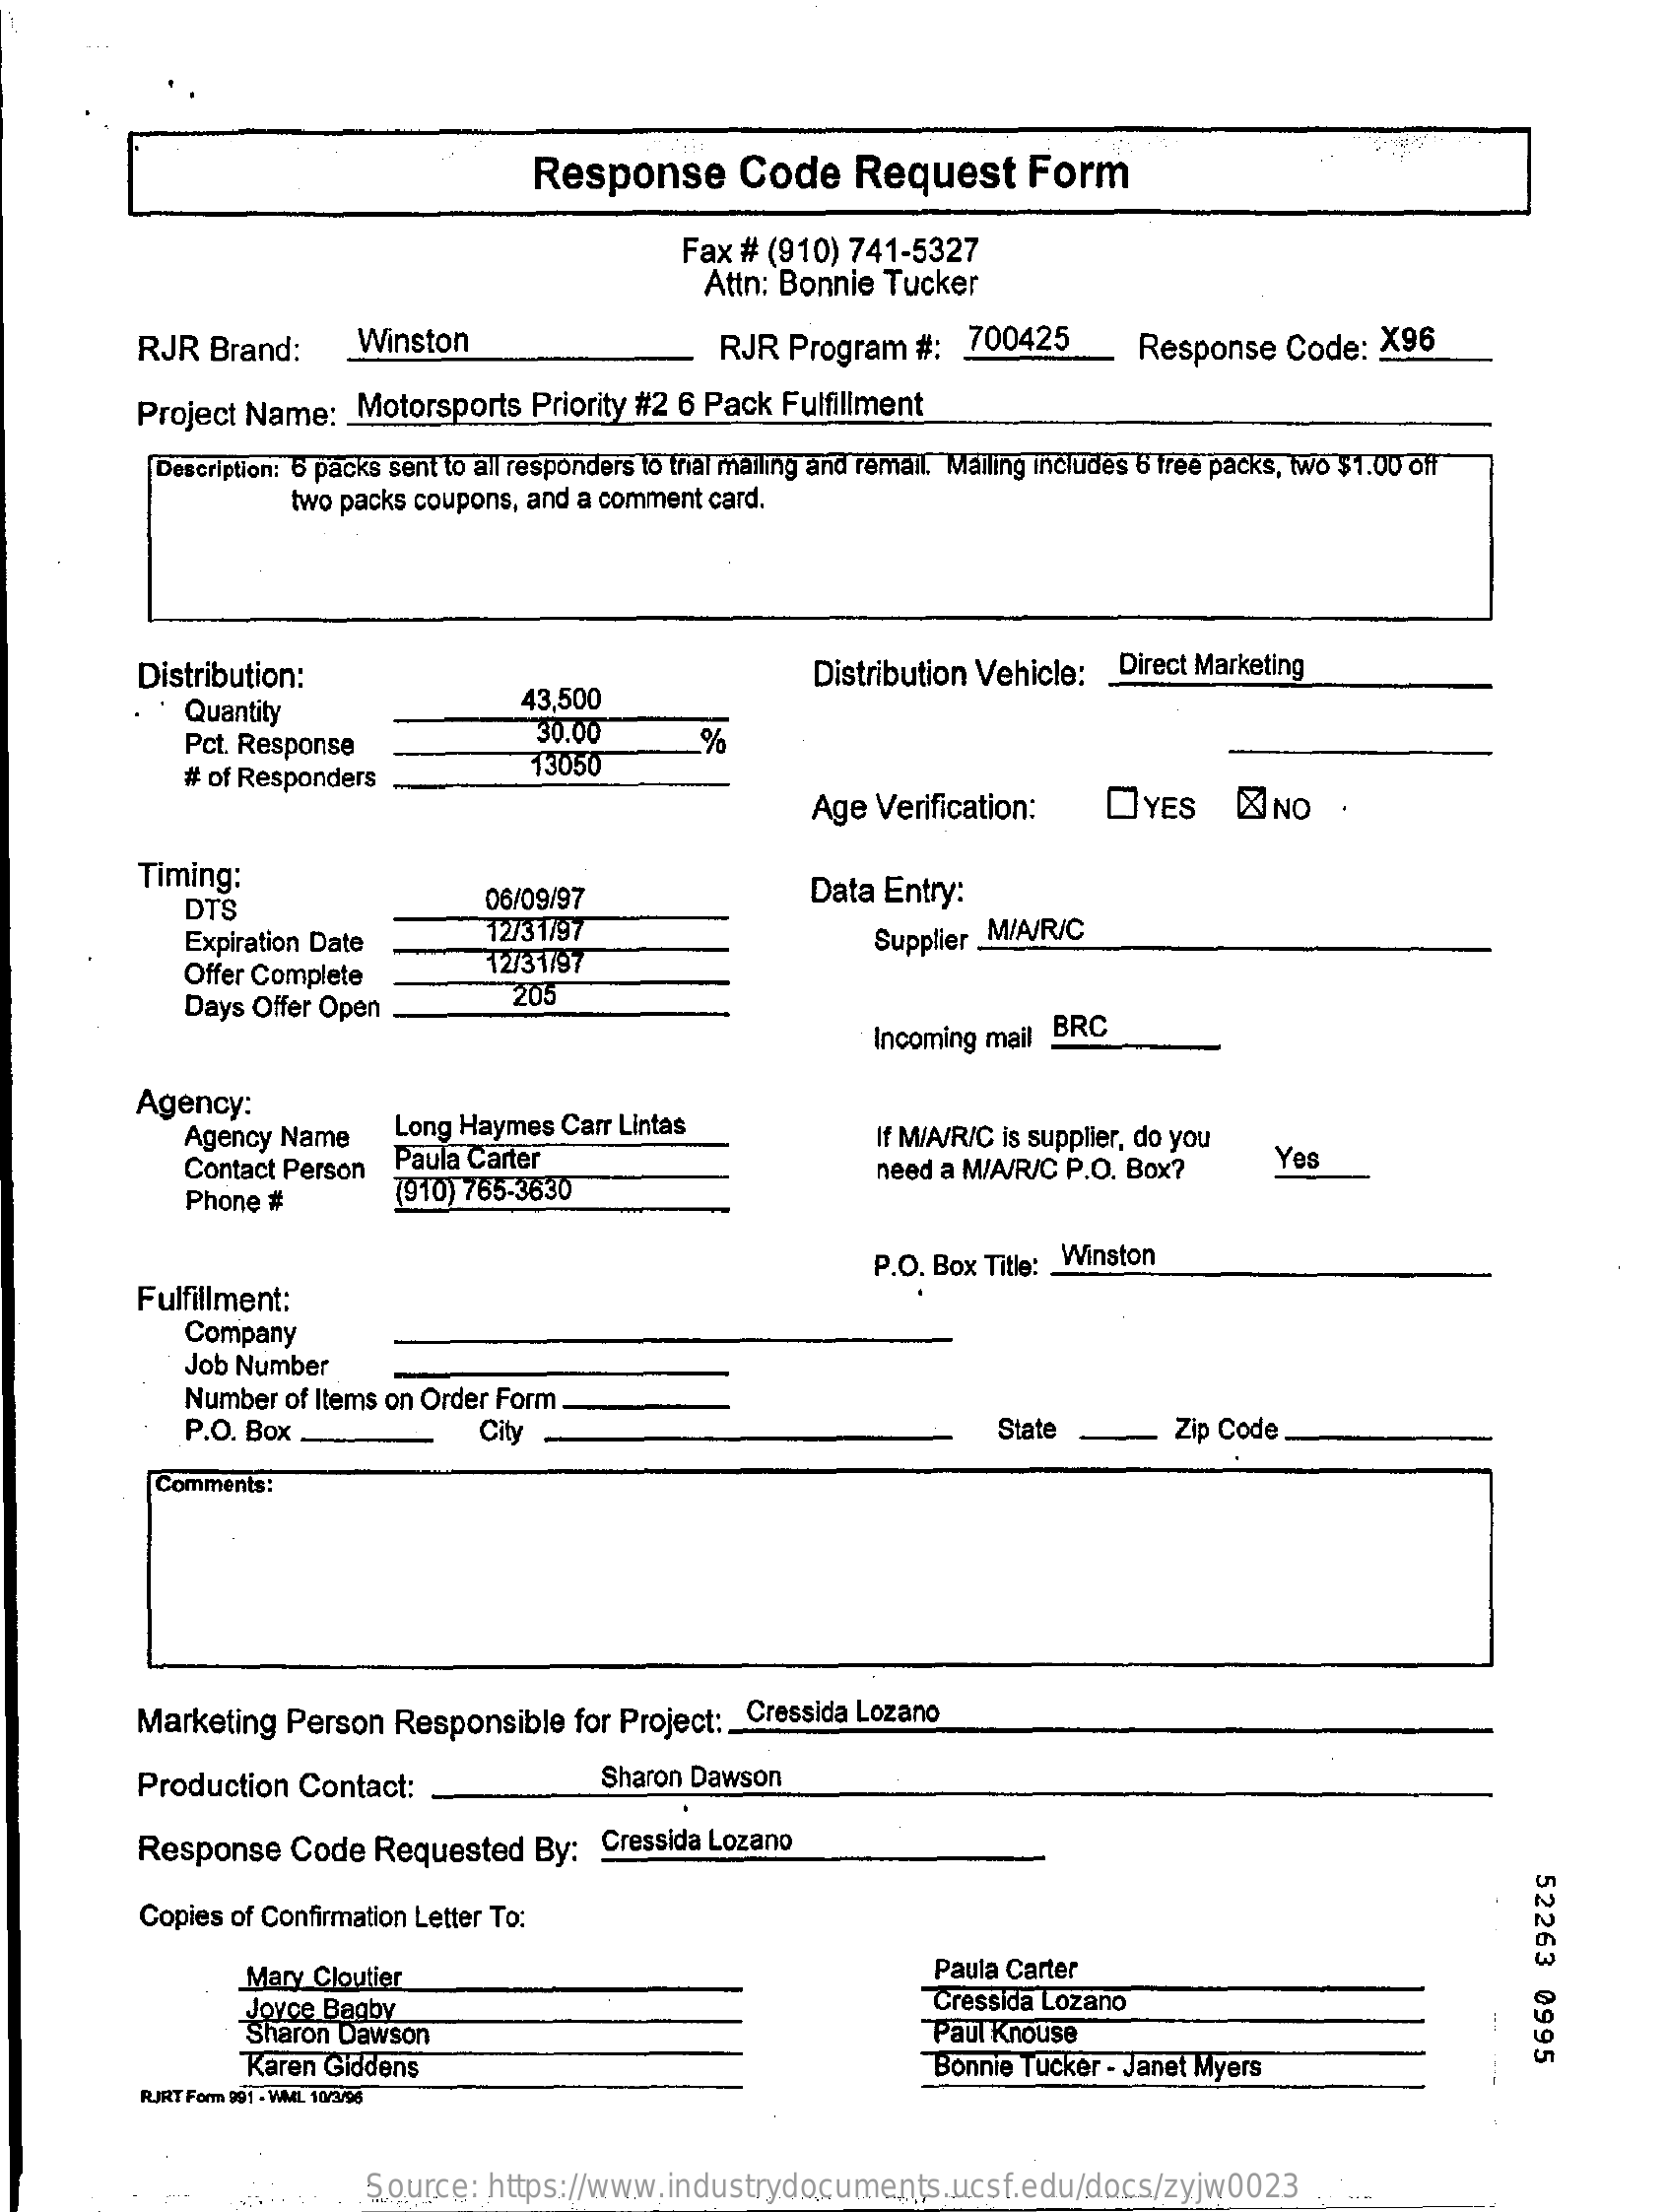
Response    Code    Request    Form
     Fax # (910)  741-5327
     Attn: Bonnie  Tucker
     RJR  Brand:    Winston    RJR  Program   #:  700425    Response    Code:  X96
     Project Name:   Motorsports  Priority #2 6 Pack  Fulfillment
     Description: 6 packs sent to all responders to trial mailing and remail. Mailing includes 6 free packs, two $1.00 off
     two packs coupons, and a comment card.
     Distribution:
     Quantity    43,500
     Distribution Vehicle: _ Direct Marketing
     Pct. Response
     30.00    %
     # of Responders
     13050
     Age  Verification:    DYES    NO   .
     Timing:
     DTS    06/09/97    Data Entry:
     Expiration Date    12/31/97
     Offer Complete    12/31/97
     Supplier_M/A/R/C
     Days Offer Open
     205
     Incoming mail BRC
     Agency:
     Agency Name    Long Haymes  Carr Lintas    If M/A/R/C is supplier, do you
     Contact Person Paula Carter    Yes
     Phone #    (910) 765-3630
     need a M/A/R/C P.O. Box?
     Fulfillment:
     P.O. Box Title: _ Winston
     Company
     Job Number
     Number  of Items on Order Form.
     P.O. Box .    City    State    Zip Code
     Comments:
     Marketing  Person  Responsible   for Project: _ Cressida Lozano
     Production   Contact:    Sharon Dawson
     Response   Code  Requested    By:  Cressida Lozano
     52263
     0995
     Copies of Confirmation Letter To:
     Mary Cloutier    Paula Carter
     Joyce Bagby    Cressida Lozano
     Sharon Dawson    "Paul Knouse
     Karen Giddens    "Bonnie Tucker - Janet Myers
     RIRT Form 991 - WML 10/3/96
     Source:  https://www.industrydocuments.ucsf.edu/docs/zyjw0023